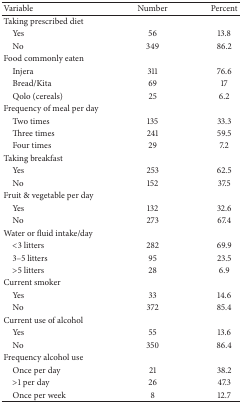
<table><thead><tr><td><b>Variable</b></td><td><b>Number</b></td><td><b>Percent</b></td></tr></thead><tbody><tr><td>Taking prescribed diet</td><td> </td><td> </td></tr><tr><td> Yes</td><td>56</td><td>13.8</td></tr><tr><td> No</td><td>349</td><td>86.2</td></tr><tr><td>Food commonly eaten</td><td> </td><td> </td></tr><tr><td> Injera</td><td>311</td><td>76.6</td></tr><tr><td> Bread/Kita</td><td>69</td><td>17</td></tr><tr><td> Qolo (cereals)</td><td>25</td><td>6.2</td></tr><tr><td>Frequency of meal per day</td><td> </td><td> </td></tr><tr><td> Two times</td><td>135</td><td>33.3</td></tr><tr><td> Three times</td><td>241</td><td>59.5</td></tr><tr><td> Four times</td><td>29</td><td>7.2</td></tr><tr><td>Taking breakfast</td><td> </td><td> </td></tr><tr><td> Yes</td><td>253</td><td>62.5</td></tr><tr><td> No</td><td>152</td><td>37.5</td></tr><tr><td>Fruit &amp; vegetable per day</td><td> </td><td> </td></tr><tr><td> Yes</td><td>132</td><td>32.6</td></tr><tr><td> No</td><td>273</td><td>67.4</td></tr><tr><td>Water or fluid intake/day</td><td> </td><td> </td></tr><tr><td> &lt;3 litters</td><td>282</td><td>69.9</td></tr><tr><td> 3–5 litters</td><td>95</td><td>23.5</td></tr><tr><td> &gt;5 litters</td><td>28</td><td>6.9</td></tr><tr><td>Current smoker</td><td> </td><td> </td></tr><tr><td> Yes</td><td>33</td><td>14.6</td></tr><tr><td> No</td><td>372</td><td>85.4</td></tr><tr><td>Current use of alcohol</td><td> </td><td> </td></tr><tr><td> Yes</td><td>55</td><td>13.6</td></tr><tr><td> No</td><td>350</td><td>86.4</td></tr><tr><td>Frequency alcohol use</td><td> </td><td> </td></tr><tr><td> Once per day</td><td>21</td><td>38.2</td></tr><tr><td> &gt;1 per day</td><td>26</td><td>47.3</td></tr><tr><td> Once per week</td><td>8</td><td>12.7</td></tr></tbody></table>